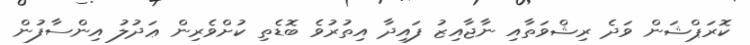
ކޮރަޕްޝަން ވަދެ ރިޝްވަތާއި ނާޖާއިޒު ފައިދާ އިތުރުވެ ބޮޑެތި ކުށްވެރިން ޢަދުލު އިންސާފުން